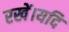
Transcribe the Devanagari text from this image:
रखें।यदि